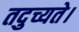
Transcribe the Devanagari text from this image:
तदुच्यते।